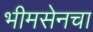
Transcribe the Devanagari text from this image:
भीमसेनचा